Document type: Acquittal of debt
Year: 1424
Scribe: Francesc de Casanoves
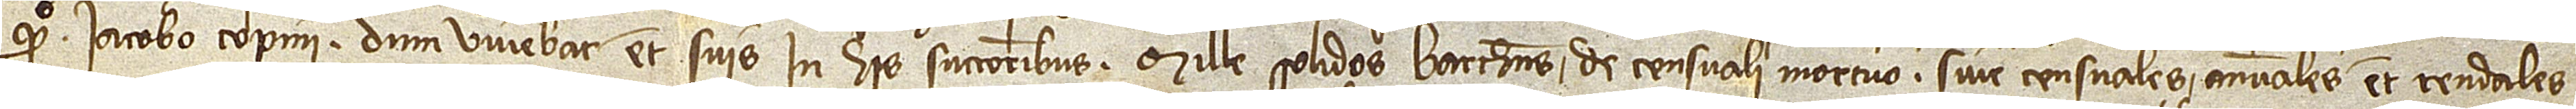
quondam Iacobo Copini dum vivebat et suis in his successoribus mille solidos barchinonenses de censuali mortuo sive censuales annuales et rendales